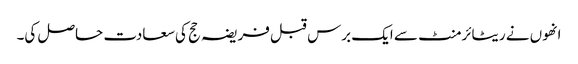
انھوں نے ریٹائرمنٹ سے ایک برس قبل فریضہ حج کی سعادت حاصل کی۔